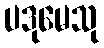
ပဒုမေသု